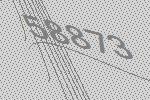
58873